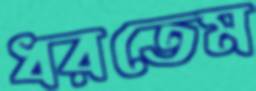
ধরতেম